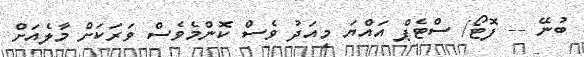
ބުނޭ -- ފޮޓޯ/ ސްޓެޕް އައްޔަ މިއަދު ވެސް ކޮންމެވެސް ވަރަކަށް މާލެއަށް